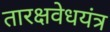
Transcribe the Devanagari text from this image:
तारक्षवेधयंत्र